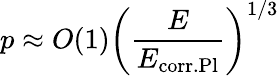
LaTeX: p\approx O(1)\left(\frac{E}{E_{\mathrm{corr.Pl}}}\right)^{1/3}